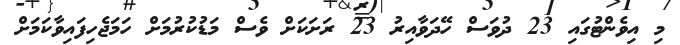
މި އިވެންޓުގައި 23 ދުވަސް ހޭދަވާއިރު 23 ރަށަކަށް ވެސް މަޑުކުރުމަށް ހަމަޖެހިފައިވާކަމަށް